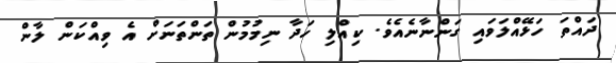
ދައްތަ ހަޅޭއްލަވައި ގަންނާނެއެވެ. ކިއްލި ހަދާ ނިމުމުން ތަންތަނަށް އެ ވިއްކަން ލާން